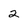
Character: 2